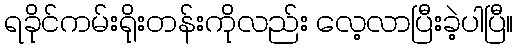
ရခိုင်ကမ်းရိုးတန်းကိုလည်း လေ့လာပြီးခဲ့ပါပြီ။